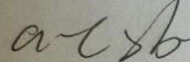
a - c > b